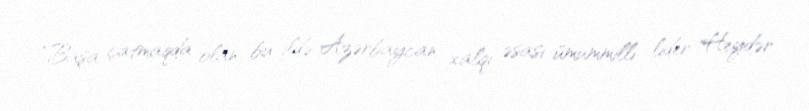
“Başa çatmaqda olan bu ildə Azərbaycan xalqı əsası ümummilli lider Heydər